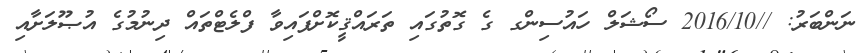
ނަންބަރު: //2016/10 ސޯޝަލް ހައުސިންގ ގެ ގޮތުގައި ތަރައްޤީކޮށްފައިވާ ފްލެޓްތައް ދިނުމުގެ އުޞޫލަށާއި